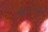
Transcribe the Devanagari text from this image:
कांप्रेहेन्सिव